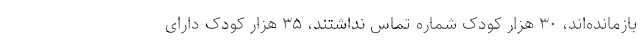
بازمانده‌اند، ۳۰ هزار کودک شماره تماس نداشتند، ۳۵ هزار کودک دارای